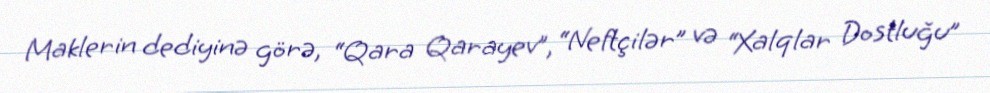
Maklerin dediyinə görə, “Qara Qarayev”, “Neftçilər” və “Xalqlar Dostluğu”